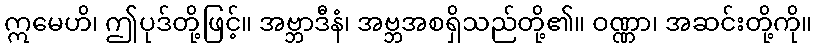
ဣမေဟိ၊ ဤပုဒ်တို့ဖြင့်။ အဗ္ဘာဒီနံ၊ အဗ္ဘအစရှိသည်တို့၏။ ဝဏ္ဏာ၊ အဆင်းတို့ကို။